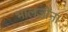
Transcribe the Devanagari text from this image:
भालजींना